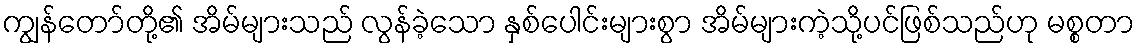
ကျွန်တော်တို့၏ အိမ်များသည် လွန်ခဲ့သော နှစ်ပေါင်းများစွာ အိမ်များကဲ့သို့ပင်ဖြစ်သည်ဟု မစ္စတာ